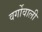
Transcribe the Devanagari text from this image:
वर्गोवाली